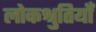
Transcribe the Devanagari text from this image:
लोकश्रुतियाँ